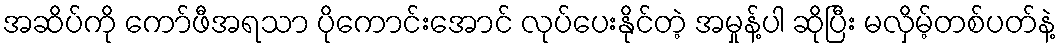
အဆိပ်ကို ကော်ဖီအရသာ ပိုကောင်းအောင် လုပ်ပေးနိုင်တဲ့ အမှုန့်ပါ ဆိုပြီး မလှိမ့်တစ်ပတ်နဲ့